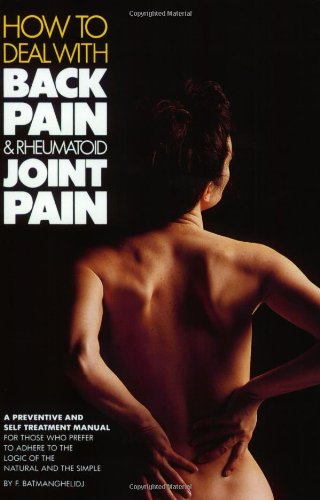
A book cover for How to Deal With Back Pain and Rheumatoid Joint Pain; Fereydoon Batmanghelidj; Health, Fitness & Dieting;